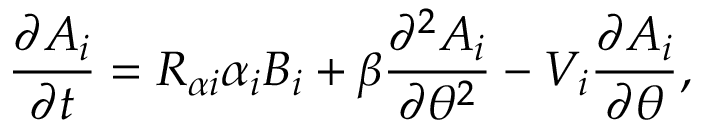
{ \frac { \partial A _ { i } } { \partial t } } = R _ { \alpha i } \alpha _ { i } B _ { i } + \beta { \frac { \partial ^ { 2 } A _ { i } } { \partial \theta ^ { 2 } } } - V _ { i } { \frac { \partial A _ { i } } { \partial \theta } } ,